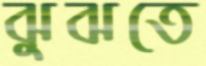
ঝুঝতে